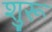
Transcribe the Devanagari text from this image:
शु्रू